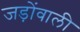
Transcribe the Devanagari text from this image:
जड़ोंवाली